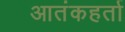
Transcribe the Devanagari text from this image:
आतंकहर्ता